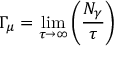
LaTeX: \Gamma _ { \mu } = \operatorname * { l i m } _ { \tau \to \infty } \left( { \frac { N _ { \gamma } } { \tau } } \right)